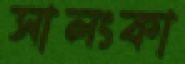
সালংকা